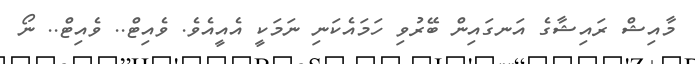
މާއިޝް ރައިޝާގެ އަނގައިން ބޭރުވި ހަމައެކަނި ނަމަކީ އެއީއެވެ. ވެއިޓް.. ވެއިޓް.. ނޯ